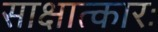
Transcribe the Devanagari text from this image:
साक्षात्कारः